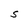
Character: S